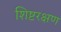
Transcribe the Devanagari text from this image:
शिष्टरक्षण